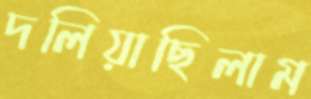
দলিয়াছিলাম